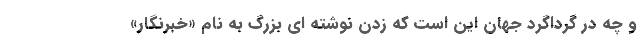
و چه در گرداگرد جهان این است که زدن نوشته ای بزرگ به نام «خبرنگار»